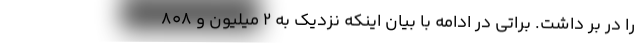
را در بر داشت. براتی در ادامه با بیان اینکه نزدیک به ۲ میلیون و ۸۰۸